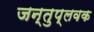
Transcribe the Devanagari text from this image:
जन्तुप्लवक